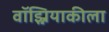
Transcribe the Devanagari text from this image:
वॉझ्नियाकीला